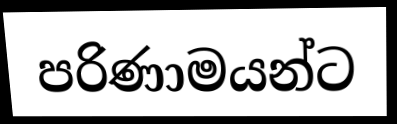
පරිණාමයන්ට